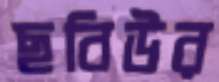
ছবিউর